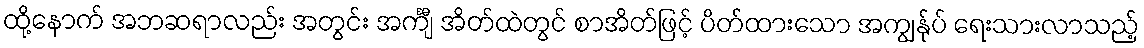
ထို့နောက် အဘဆရာလည်း အတွင်း အင်္ကျီ အိတ်ထဲတွင် စာအိတ်ဖြင့် ပိတ်ထားသော အကျွန်ုပ် ရေးသားလာသည့်